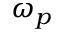
\omega _ { p }